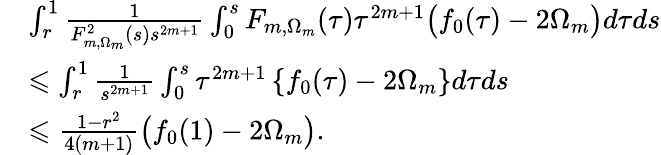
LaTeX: \begin{array}{rl}&{\int_{r}^{1}\frac{1}{F_{m,\Omega_{m}}^{2}(s)s^{2m+1}}\int_{0}^{s}F_{m,\Omega_{m}}(\tau)\tau^{2m+1}\big(f_{0}(\tau)-2\Omega_{m}\big)d\tau ds}\\ &{\leqslant\int_{r}^{1}\frac{1}{s^{2m+1}}\int_{0}^{s}\tau^{2m+1}\left\{ f_{0}(\tau)-2\Omega_{m}\right\} d\tau ds}\\ &{\leqslant\frac{1-r^{2}}{4(m+1)}\big(f_{0}(1)-2\Omega_{m}\big).}\end{array}